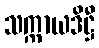
သက္ကာယဒိဋ္ဌီ